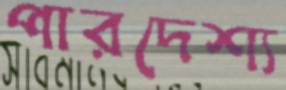
পারদেশ্য